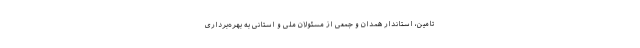
تامین، استاندار همدان و جمعی از مسئولان ملی و استانی به بهره‌برداری